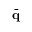
\bar { \bf q }